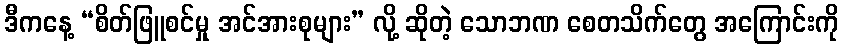
ဒီကနေ့ “စိတ်ဖြူစင်မှု အင်အားစုများ” လို့ ဆိုတဲ့ သောဘဏ စေတသိက်တွေ အကြောင်းကို